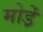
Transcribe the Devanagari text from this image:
मोडे़ं